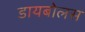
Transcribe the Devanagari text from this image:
डायबोलस